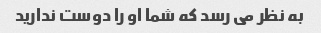
به نظر می رسد که شما او را دوست ندارید